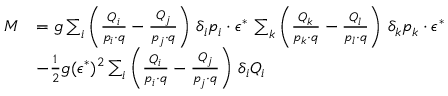
\begin{array} { r l } { { M } } & { { = g \sum _ { i } \left( { \frac { Q _ { i } } { p _ { i } \cdot q } } - { \frac { Q _ { j } } { p _ { j } \cdot q } } \right) \, \delta _ { i } p _ { i } \cdot \epsilon ^ { * } \, \sum _ { k } \left( { \frac { Q _ { k } } { p _ { k } \cdot q } } - { \frac { Q _ { l } } { p _ { l } \cdot q } } \right) \, \delta _ { k } p _ { k } \cdot \epsilon ^ { * } } } \\ { { } } & { { - { \frac { 1 } { 2 } } g ( \epsilon ^ { * } ) ^ { 2 } \sum _ { i } \left( { \frac { Q _ { i } } { p _ { i } \cdot q } } - { \frac { Q _ { j } } { p _ { j } \cdot q } } \right) \, \delta _ { i } Q _ { i } } } \end{array}